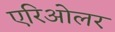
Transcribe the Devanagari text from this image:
एरिओलर